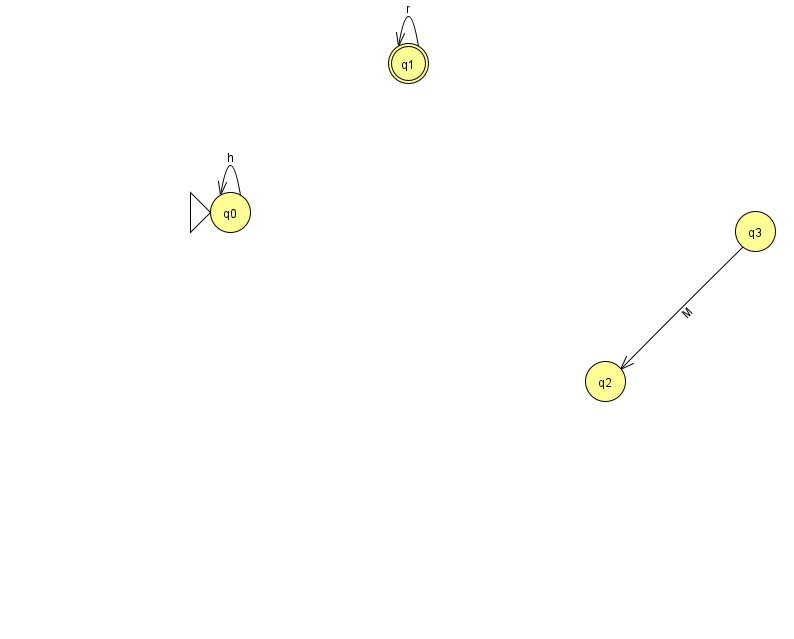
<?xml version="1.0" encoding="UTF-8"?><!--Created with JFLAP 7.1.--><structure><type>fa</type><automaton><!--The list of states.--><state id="0" name="q0"><x>230.0</x><y>199.0</y><initial/></state><state id="1" name="q1"><x>408.0</x><y>50.0</y><final/></state><state id="2" name="q2"><x>605.0</x><y>368.0</y></state><state id="3" name="q3"><x>755.0</x><y>218.0</y></state><!--The list of transitions.--><transition><from>1</from><to>1</to><read>r</read></transition><transition><from>3</from><to>2</to><read>M</read></transition><transition><from>0</from><to>0</to><read>h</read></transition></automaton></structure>